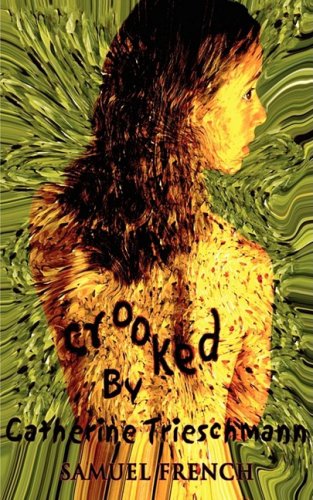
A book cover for Crooked; Catherine Trieschmann; Literature & Fiction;